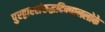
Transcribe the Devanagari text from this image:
पुरद्वारसंरुद्धदिक्पाललोके